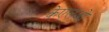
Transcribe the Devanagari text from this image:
केएलओ